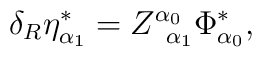
\delta _R\eta _{\alpha _1}^{*}=Z_{\;\;\alpha _1}^{\alpha _0}\Phi_{\alpha _0}^{*},